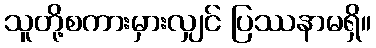
သူတို့စကားမှားလျှင် ပြဿနာမရှိ။